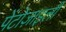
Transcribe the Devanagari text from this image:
पेंटोज़ाइली